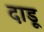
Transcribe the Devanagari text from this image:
दाडू